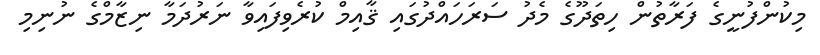
މިކުންފުނީގެ ފަރާތުން ހިތަދޫގެ މެދު ސަރަހައްދުގައި ޤާއިމް ކުރެވިފައިވާ ނަރުދަމާ ނިޒާމްގެ ނުނިމި